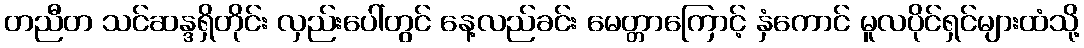
တညီတ သင်ဆန္ဒရှိတိုင်း လှည်းပေါ်တွင် နေ့လည်ခင်း မေတ္တာကြောင့် နှံကောင် မူလပိုင်ရှင်များထံသို့